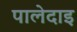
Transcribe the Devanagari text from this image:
पालेदाइ